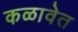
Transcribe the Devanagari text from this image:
कळावेत